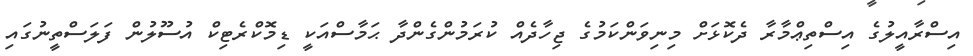
އިސްރާއީލުގެ އިސްތިޢްމާރާ ދެކޮޅަށް މިނިވަންކަމުގެ ޖިހާދެއް ކުރަމުންގެންދާ ޙަމާސްއަކީ ޑިމޮކްރެޓިކް އުސޫލުން ފަލަސްތީނުގައި